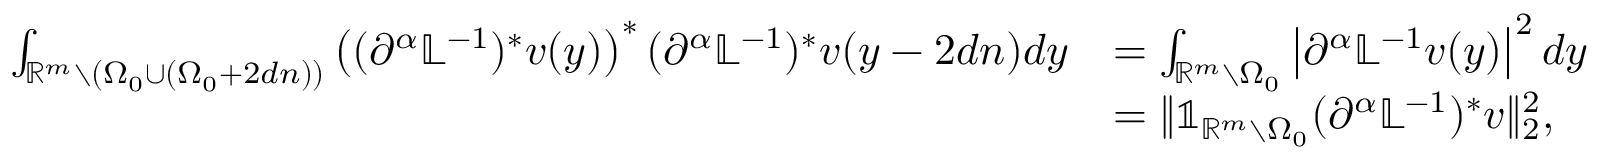
\begin{array} { r l } { \int _ { \mathbb { R } ^ { m } \setminus ( { \Omega _ { 0 } } \cup ( { \Omega _ { 0 } } + 2 d n ) ) } \left( ( \partial ^ { \alpha } \mathbb { L } ^ { - 1 } ) ^ { * } v ( y ) \right) ^ { * } ( \partial ^ { \alpha } \mathbb { L } ^ { - 1 } ) ^ { * } v ( y - 2 d n ) d y } & { = \int _ { \mathbb { R } ^ { m } \setminus { \Omega _ { 0 } } } \left| \partial ^ { \alpha } \mathbb { L } ^ { - 1 } v ( y ) \right| ^ { 2 } d y } \\ & { = \| \mathbb { 1 } _ { \mathbb { R } ^ { m } \setminus \Omega _ { 0 } } ( \partial ^ { \alpha } \mathbb { L } ^ { - 1 } ) ^ { * } v \| _ { 2 } ^ { 2 } , } \end{array}